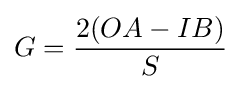
G={\frac {2(OA-IB)}{S}}